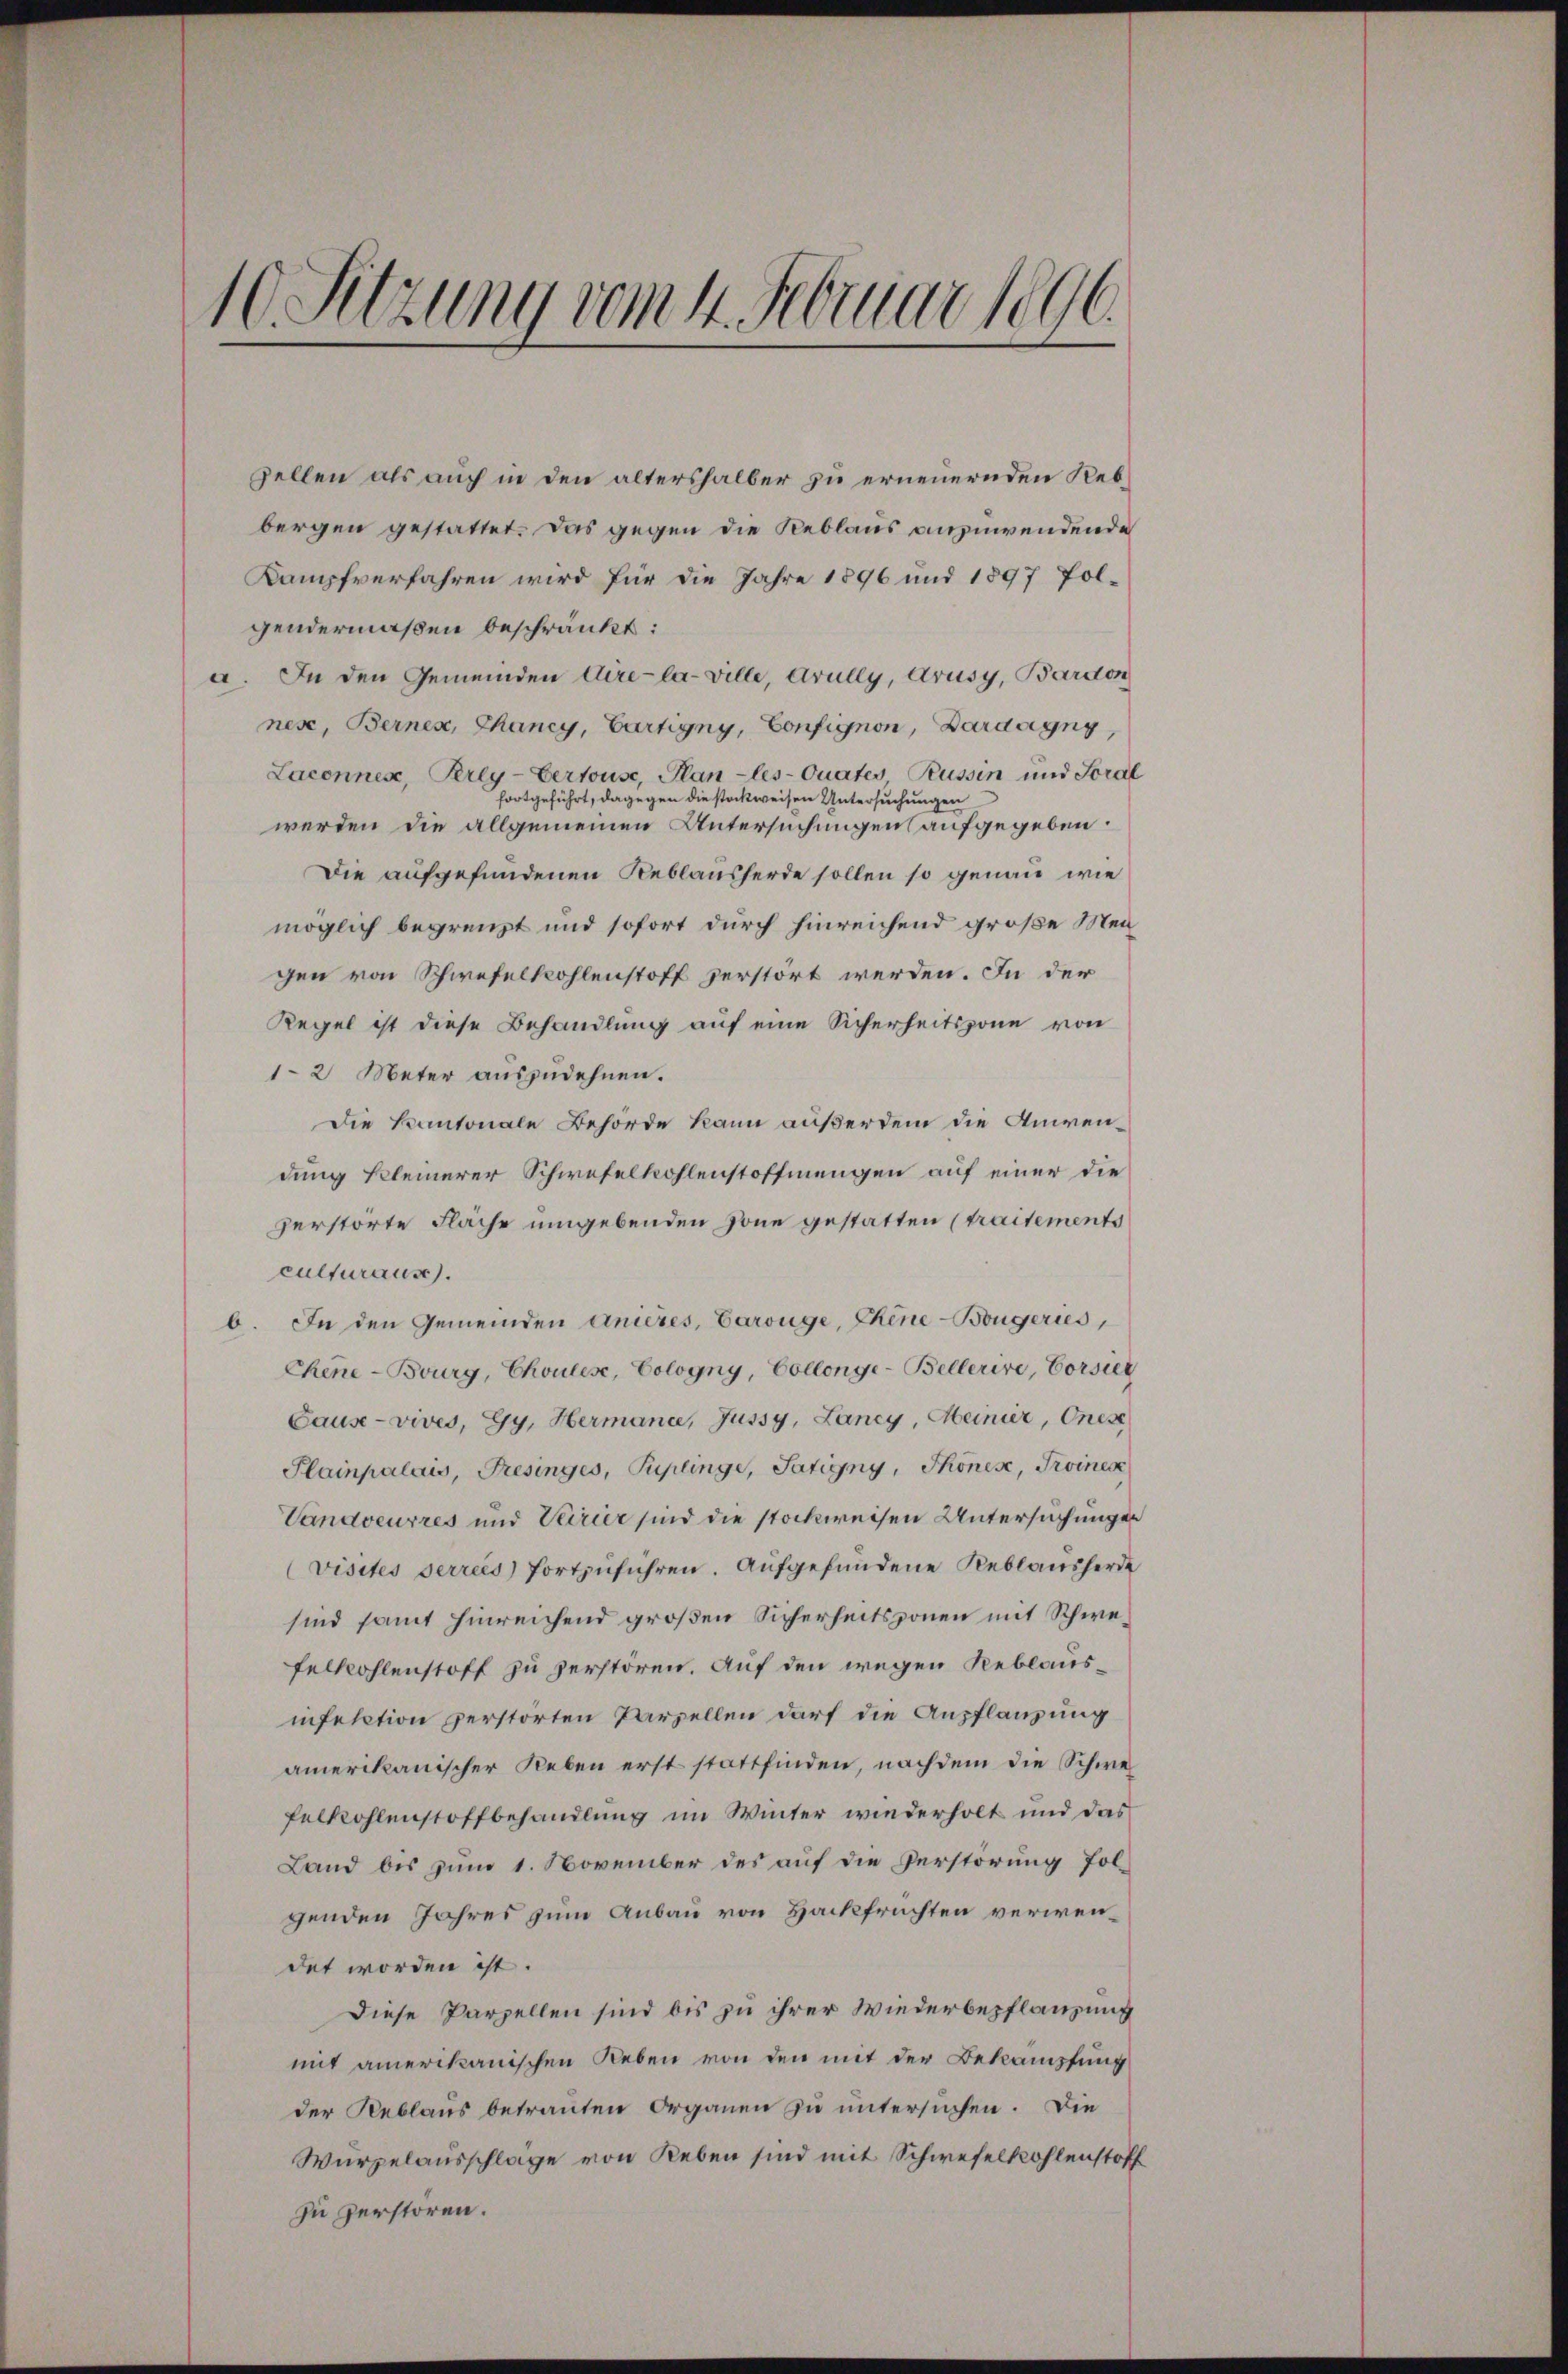
10. Sitzung vom 4. Februar 1896.

zellen als auch in den altershalber zu erneuernden Rebbergen gestattet. Das gegen die Reblaus anzuwendende
Kampfverfahren wird für die Jahre 1896 und 1897 folgendermaßen beschränkt:
a. In den Gemeinden Aire-la-ville, Arully, Krusy, Bardon
nese, Berner, Chancy, Bartigny, Confignon, Bardagny,
Lacennes, Perly-Certouse, Plan -les-Quartes Russin und Soral
fortgeführt, dagegen die stockweisen Untersuchungen
werden die allgemeinen Untersuchungen aufgegeben.
Die aufgefundenen Reblausherde sollen so genau wie
möglich begrenzt und sofort durch hinreichend große Mengen von Schwefelkohlenstoff zerstört werden. In der
Regel ist diese Behandlung auf eine Sicherheitszöne von
1-2 Meter auszudehnen.
Die Kantonale Behörde kann außerdem die Anwendung kleinerer Schwefelkohlenstoffnungen auf einer die
zerstörte Fläche umgebenden Zone gestatten (traitements
culturause.
b. In den Gemeinden anières, Carouge, Chine-Bougeries,
Chene - Bourg, Choulese, Cologny, Collenge-Bellerire, Corsier
Cause - vives, Gy, Hermanie, Jussy, Lancy, Meinier, Onese
Plainpalais, Fresinges, Puplinge, Satigny, Thonese, Troines
Vandoeurres und Verrier sind die stockweisen Untersuchungen
(visites serreis fortzŭführen. Aŭfgefundene Reblaŭsherde
sind samt hinreichend großen Sicherheitszonen mit Schwefelkohlenstoff zu zerstören. Auf den wegen Reblausinfektion zerstörten Parzellen darf die Anpflanzung
amerikanischer Reben erst stattfinden, nachdem die Schwe¬
Felkohlenstoffbehandlung im Winter wiederholt und das
Land bis zum 1. November des auf die Verstörung folgenden Jahres zum Anbau von Hackfrüchten verwendet worden ist.
Diese Parzellen sind bis zu ihrer Wiederbepflanzung
mit amerikanischen Reben von den mit der Bekämpfung
der Reblaus betrauten Organen zu untersuchen. Die
Wurzelausschlage von Reben sind mit Schwefelkohlenstoff
zu zerstören.